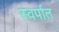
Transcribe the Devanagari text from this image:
स्वर्पात